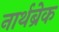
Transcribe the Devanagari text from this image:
नार्थब्रेक